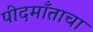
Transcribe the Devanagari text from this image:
पीदमाँताचा